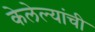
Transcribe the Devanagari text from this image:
केलेल्यांची